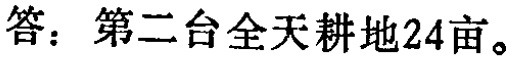
答：第二台全天耕地24亩。